Mental hospitals Bombay report 1929-33 - 1929-1933
Year: 1929
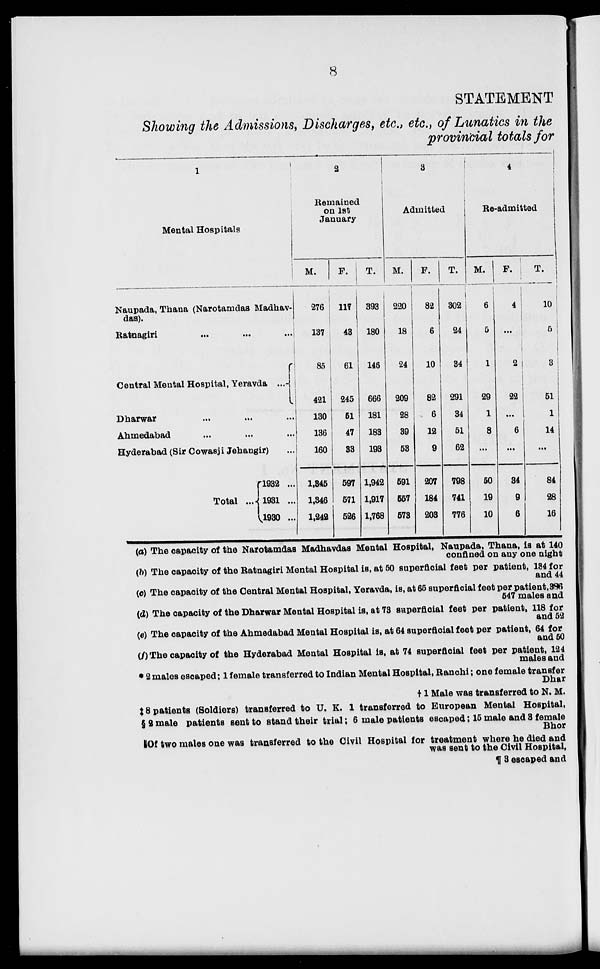
8
STATEMENT
Showing the Admissions, Discharges, etc., etc., of Lunatics in the
provincial totals for
1
Mental Hospitals
Naupada, Thana (Narotamdas Madhav-
das).
Ratnagiri
...
...
...
Central Mental Hospital, Yeravda
...
Dharwar ... ... ...
Ahmedabad ... ... ...
Hyderabad (Sir Cowasji Jehangir) ...
Total ...
1932 ...
1931 ...
1930 ...
2
Remained
on 1st
January
M.
276
137
85
421
130
136
160
1,345
1,346
1,242
F.
117
43
61
245
51
47
33
597
571
526
T.
393
180
146
666
181
183
193
1,942
1,917
1,768
3
Admitted
M.
220
18
24
209
28
39
53
591
557
573
F.
82
6
10
82
6
12
9
207
184
203
T.
302
24
34
291
34
51
62
798
741
776
4
Re-admitted
M.
6
5
1
29
1
8
...
50
19
10
F.
4
...
2
22
...
6
...
34
9
6
T.
10
5
3
51
1
14
...
84
28
16
(a) The capacity of the Narotamdas Madhavdas Mental Hospital, Naupada, Thana, is at 140
confined on any one night
(b) The capacity of the Ratnagiri Mental Hospital is, at 50 superficial feet per patient, 134 for
and 44
(c) The capacity of the Central Mental Hospital, Yeravda, is, at 65 superficial feet per patient,386
547 males and
(d) The capacity of the Dharwar Mental Hospital is, at 73 superficial feet per patient, 118 for
and 52
(e) The capacity of the Ahmedabad Mental Hospital is, at 64 superficial feet per patient, 64 for
and 50
(f) The capacity of the Hyderabad Mental Hospital is, at 74 superficial feet per patient, 124
males and
* 2 males escaped; 1 female transferred to Indian Mental Hospital, Ranchi; one female transfer
Dhar
†1 Male was transferred to N. M.
‡ 8 patients (Soldiers) transferred to U. K. 1 transferred to European Mental Hospital,
§ 2 male patients sent to stand their trial; 6 male patients escaped; 15 male and 8 female
Bhor
║Of two males one was transferred to the Civil Hospital for treatment where he died and
was sent to the Civil Hospital,
¶ 3 escaped and